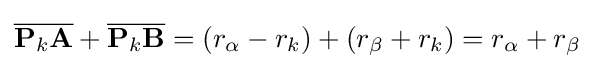
{\overline {\mathbf {P} _{k}\mathbf {A} }}+{\overline {\mathbf {P} _{k}\mathbf {B} }}=(r_{\alpha }-r_{k})+\left(r_{\beta }+r_{k}\right)=r_{\alpha }+r_{\beta }